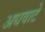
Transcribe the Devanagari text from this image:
अधवाटे